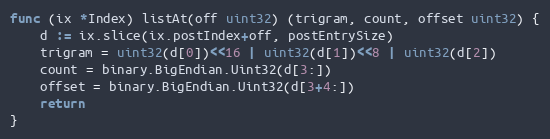
Language: Go
func (ix *Index) listAt(off uint32) (trigram, count, offset uint32) {
	d := ix.slice(ix.postIndex+off, postEntrySize)
	trigram = uint32(d[0])<<16 | uint32(d[1])<<8 | uint32(d[2])
	count = binary.BigEndian.Uint32(d[3:])
	offset = binary.BigEndian.Uint32(d[3+4:])
	return
}